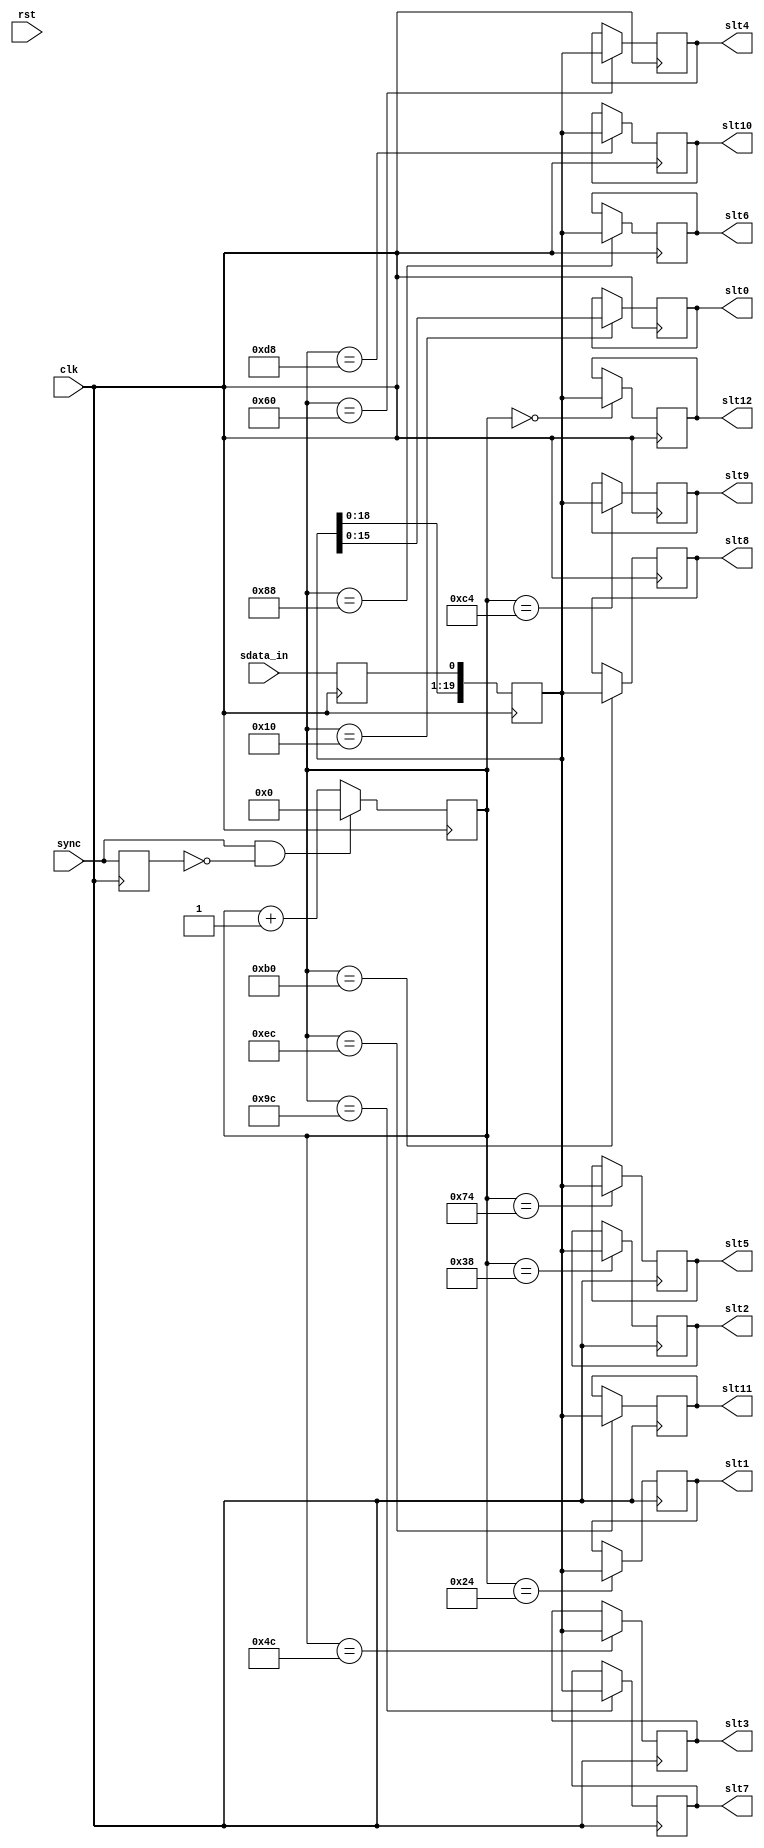
module ac97_codec_sin(clk, rst,

	sync,
	slt0, slt1, slt2, slt3, slt4, slt5,
	slt6, slt7, slt8, slt9, slt10, slt11, slt12,

	sdata_in
	);

input		clk, rst;

// --------------------------------------
// Misc Signals
input		sync;
output	[15:0]	slt0;
output	[19:0]	slt1;
output	[19:0]	slt2;
output	[19:0]	slt3;
output	[19:0]	slt4;
output	[19:0]	slt5;
output	[19:0]	slt6;
output	[19:0]	slt7;
output	[19:0]	slt8;
output	[19:0]	slt9;
output	[19:0]	slt10;
output	[19:0]	slt11;
output	[19:0]	slt12;

// --------------------------------------
// AC97 Codec Interface
input		sdata_in;

////////////////////////////////////////////////////////////////////
//
// Local Wires
//

reg		sdata_in_r;
reg	[19:0]	sr;

reg	[15:0]	slt0;
reg	[19:0]	slt1;
reg	[19:0]	slt2;
reg	[19:0]	slt3;
reg	[19:0]	slt4;
reg	[19:0]	slt5;
reg	[19:0]	slt6;
reg	[19:0]	slt7;
reg	[19:0]	slt8;
reg	[19:0]	slt9;
reg	[19:0]	slt10;
reg	[19:0]	slt11;
reg	[19:0]	slt12;

wire	[12:0]	le;

////////////////////////////////////////////////////////////////////
//
// Latch Enable logic
//

// Sync Edge Detector
reg		sync_r;
wire		sync_e;

always @(posedge clk)
	sync_r <= #1 sync;

assign sync_e = sync & !sync_r;

// Frame Counter
reg	[7:0]	cnt;

always @(posedge clk)
	if(sync_e)	cnt <= #1 0;
	else		cnt <= #1 cnt + 1;

assign le[0] = (cnt == 16);
assign le[1] = (cnt == 36);
assign le[2] = (cnt == 56);
assign le[3] = (cnt == 76);
assign le[4] = (cnt == 96);
assign le[5] = (cnt == 116);
assign le[6] = (cnt == 136);
assign le[7] = (cnt == 156);
assign le[8] = (cnt == 176);
assign le[9] = (cnt == 196);
assign le[10] = (cnt == 216);
assign le[11] = (cnt == 236);
assign le[12] = (cnt == 0);

////////////////////////////////////////////////////////////////////
//
// Output registers
//

always @(posedge clk)
	if(le[0])	slt0 <= #1 sr[15:0];

always @(posedge clk)
	if(le[1])	slt1 <= #1 sr;

always @(posedge clk)
	if(le[2])	slt2 <= #1 sr;

always @(posedge clk)
	if(le[3])	slt3 <= #1 sr;

always @(posedge clk)
	if(le[4])	slt4 <= #1 sr;

always @(posedge clk)
	if(le[5])	slt5 <= #1 sr;

always @(posedge clk)
	if(le[6])	slt6 <= #1 sr;

always @(posedge clk)
	if(le[7])	slt7 <= #1 sr;

always @(posedge clk)
	if(le[8])	slt8 <= #1 sr;

always @(posedge clk)
	if(le[9])	slt9 <= #1 sr;

always @(posedge clk)
	if(le[10])	slt10 <= #1 sr;

always @(posedge clk)
	if(le[11])	slt11 <= #1 sr;

always @(posedge clk)
	if(le[12])	slt12 <= #1 sr;

////////////////////////////////////////////////////////////////////
//
// Serial Shift Register
//

always @(negedge clk)
	sdata_in_r <= #1 sdata_in;

always @(posedge clk)
	sr <= #1 {sr[18:0], sdata_in_r };

endmodule